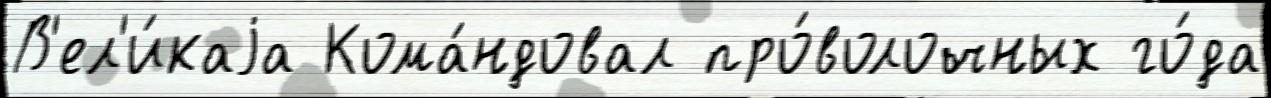
В'ел'и́каjа Кома́ндовал про́волочных го́да